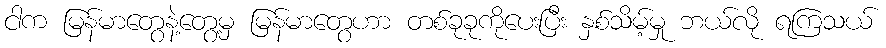
ငါက မြန်မာတွေနဲ့တွေ့မှ မြန်မာတွေဟာ တစ်ခုခုကိုပေးပြီး နှစ်သိမ့်မှု ဘယ်လို ရကြသယ်